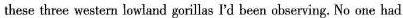
these three western lowland gorillas I'd been observing. No one had